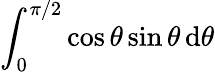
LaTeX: \int_{0}^{\pi/2}\cos\theta\sin\theta\, \mathrm{d}\theta